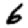
Digit: 6